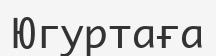
Югуртаға